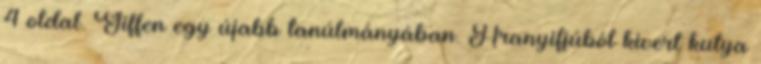
4 oldal. Giffen egy újabb tanúlmányában. Aranyifjúból kivert kutya